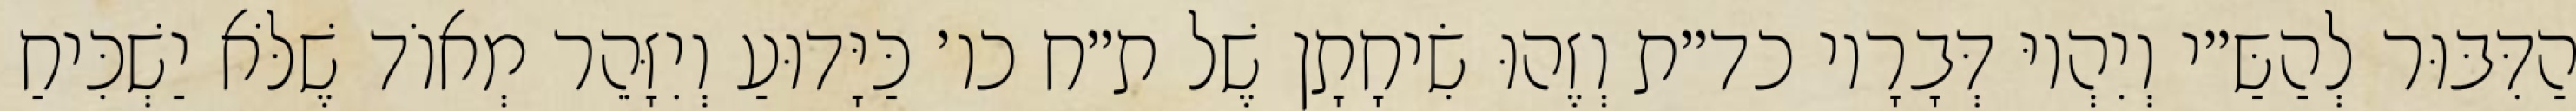
הַדִּבּוּר לְהַשַּ״י וְיִהְיוּ דְּבָרָיו כד״ת וְזֶהוּ שִׂיחָתָן שֶׁל ת״ח כו׳ כַּיָּדוּעַ וְיִזָּהֵר מְאוֹד שֶׁלֹּא יַשְׁכִּיחַ